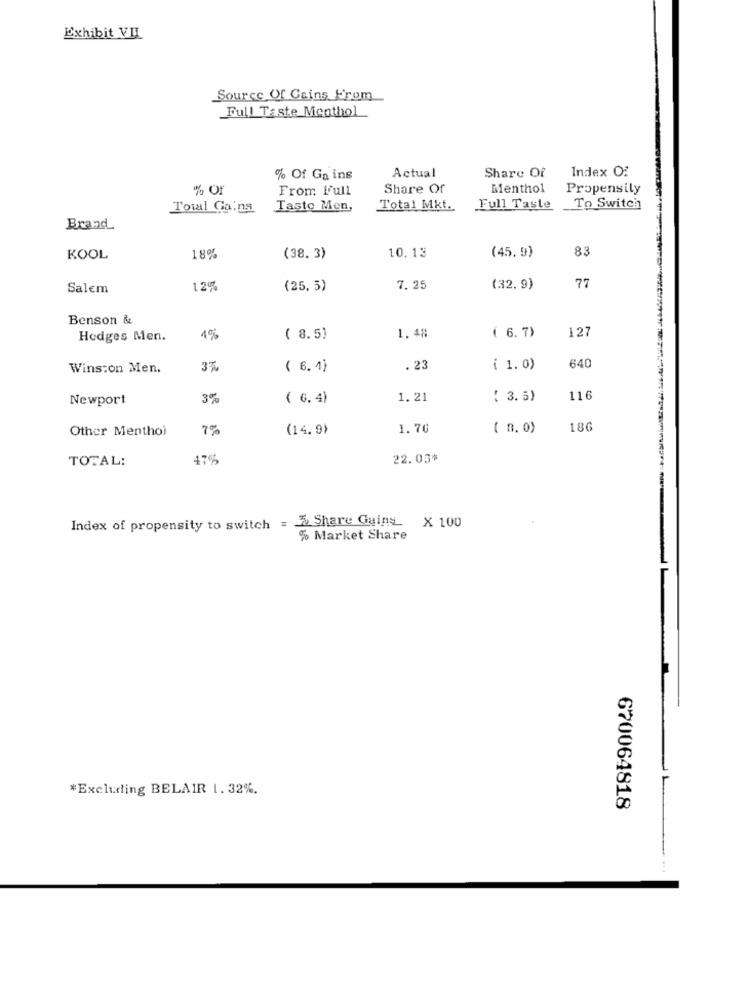
Exhibit VIL
Source Of Gains From
Full Taste Menthol
Index O2
% Of Ga ins
Actual
Share Of
% Of
From Full
Share Of
Menthol
Propensity
Total Gains
Tasto Men,
Total Mkt.
Full Taste To Switch
Brand
(45. 9)
83
KOOL
18%
(38.3)
10.13
77
Salem
12%
(25,5)
7.25
(32.9)
Benson &
1.48
127
Hedges Men.
1%
( 8.5)
( 6. 7)
Wins:on Men.
3%
( 6. 4)
. 23
( 1. 0)
640
Newport
3%
( 6. 4)
1. 21
( 3.6)
116
Other Menthol
7%
(14.9)
1.76
( 8. 0)
18
TOTAL:
47%
22.03*
Index of propensity to switch = & Share Gaina X 100
% Market Share
*Excluding BELAIR 1. 32%.
670064818